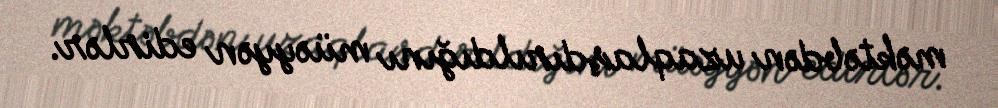
məktəbdən uzaqlaşdırıldığını müəyyən edirlər.